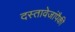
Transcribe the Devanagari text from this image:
दस्तावेजांपैकी